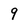
Character: q